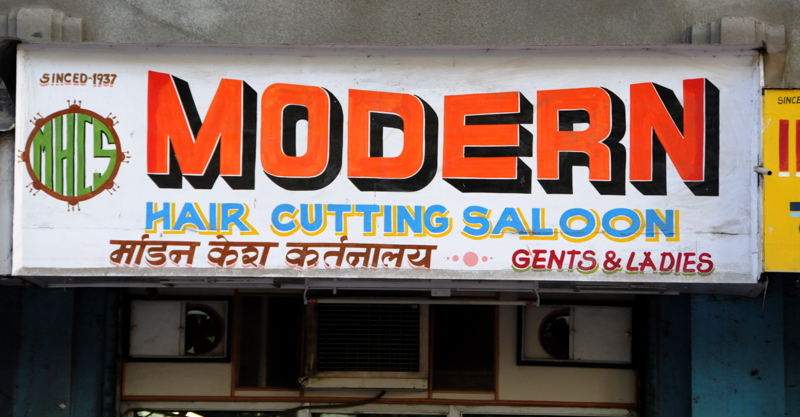
Language: hindi
Transcription: कर्तनालय केश मॉर्डन